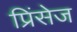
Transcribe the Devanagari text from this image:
प्रिंसेज